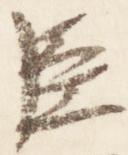
臣